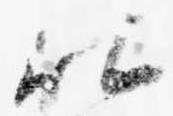
社